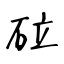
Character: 砬